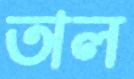
তাল